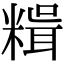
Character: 𥻯